Scottish Leaving Certificate Examination, 1957
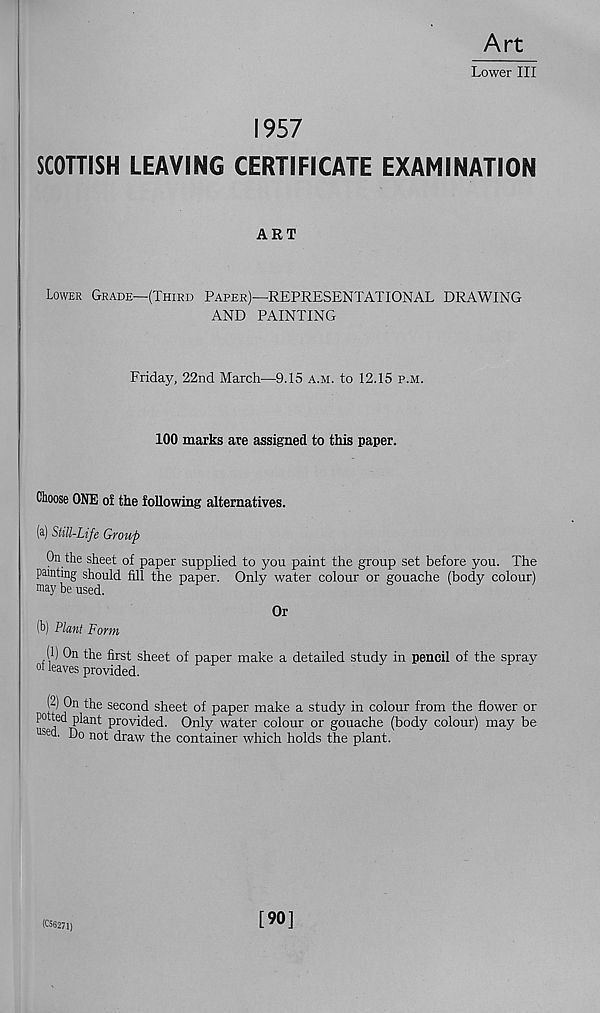
Art
Lower III
1957
SCOTTISH LEAVING CERTIFICATE EXAMINATION
ART
Lower Grade—(Third Paper)—REPRESENTATIONAL DRAWING
AND PAINTING
Friday, 22nd March—9.15 a.m. to 12.15 p.m.
100 marks are assigned to this paper.
Choose ONE oi the following alternatives.
(a) Still-Life Group
On the sheet of paper supplied to you paint the group set before you. The
painting should fill the paper. Only water colour or gouache (body colour)
may be used.
Or
(b) Plant Form
(1) On the first sheet of paper make a detailed study in pencil of the spray
of leaves provided.
(-) On the second sheet of paper make a study in colour from the flower or
P°
Pl an t provided. Only water colour or gouache (body colour) may be
us ea. Do not draw the container which holds the plant.
(058271)
[90]